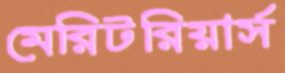
মেরিটরিয়ার্স